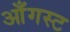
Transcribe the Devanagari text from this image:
आँगस्ट